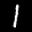
Label: 1